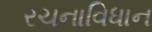
રચનાવિધાન